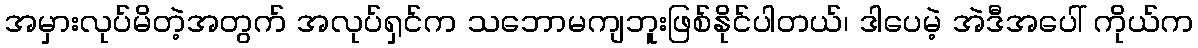
အမှားလုပ်မိတဲ့အတွက် အလုပ်ရှင်က သဘောမကျဘူးဖြစ်နိုင်ပါတယ်၊ ဒါပေမဲ့ အဲဒီအပေါ် ကိုယ်က